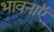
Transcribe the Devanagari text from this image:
भावनाएॅं